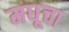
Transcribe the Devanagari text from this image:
मधूचा